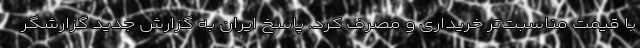
با قیمت مناسبت‌تر خریداری و مصرف کرد. پاسخ ایران به گزارش جدید گزارشگر